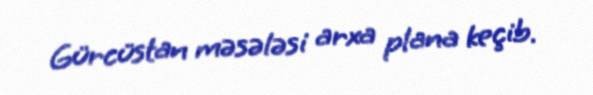
Gürcüstan məsələsi arxa plana keçib.